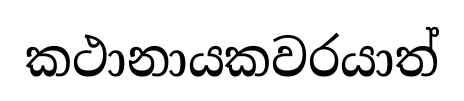
කථානායකවරයාත්